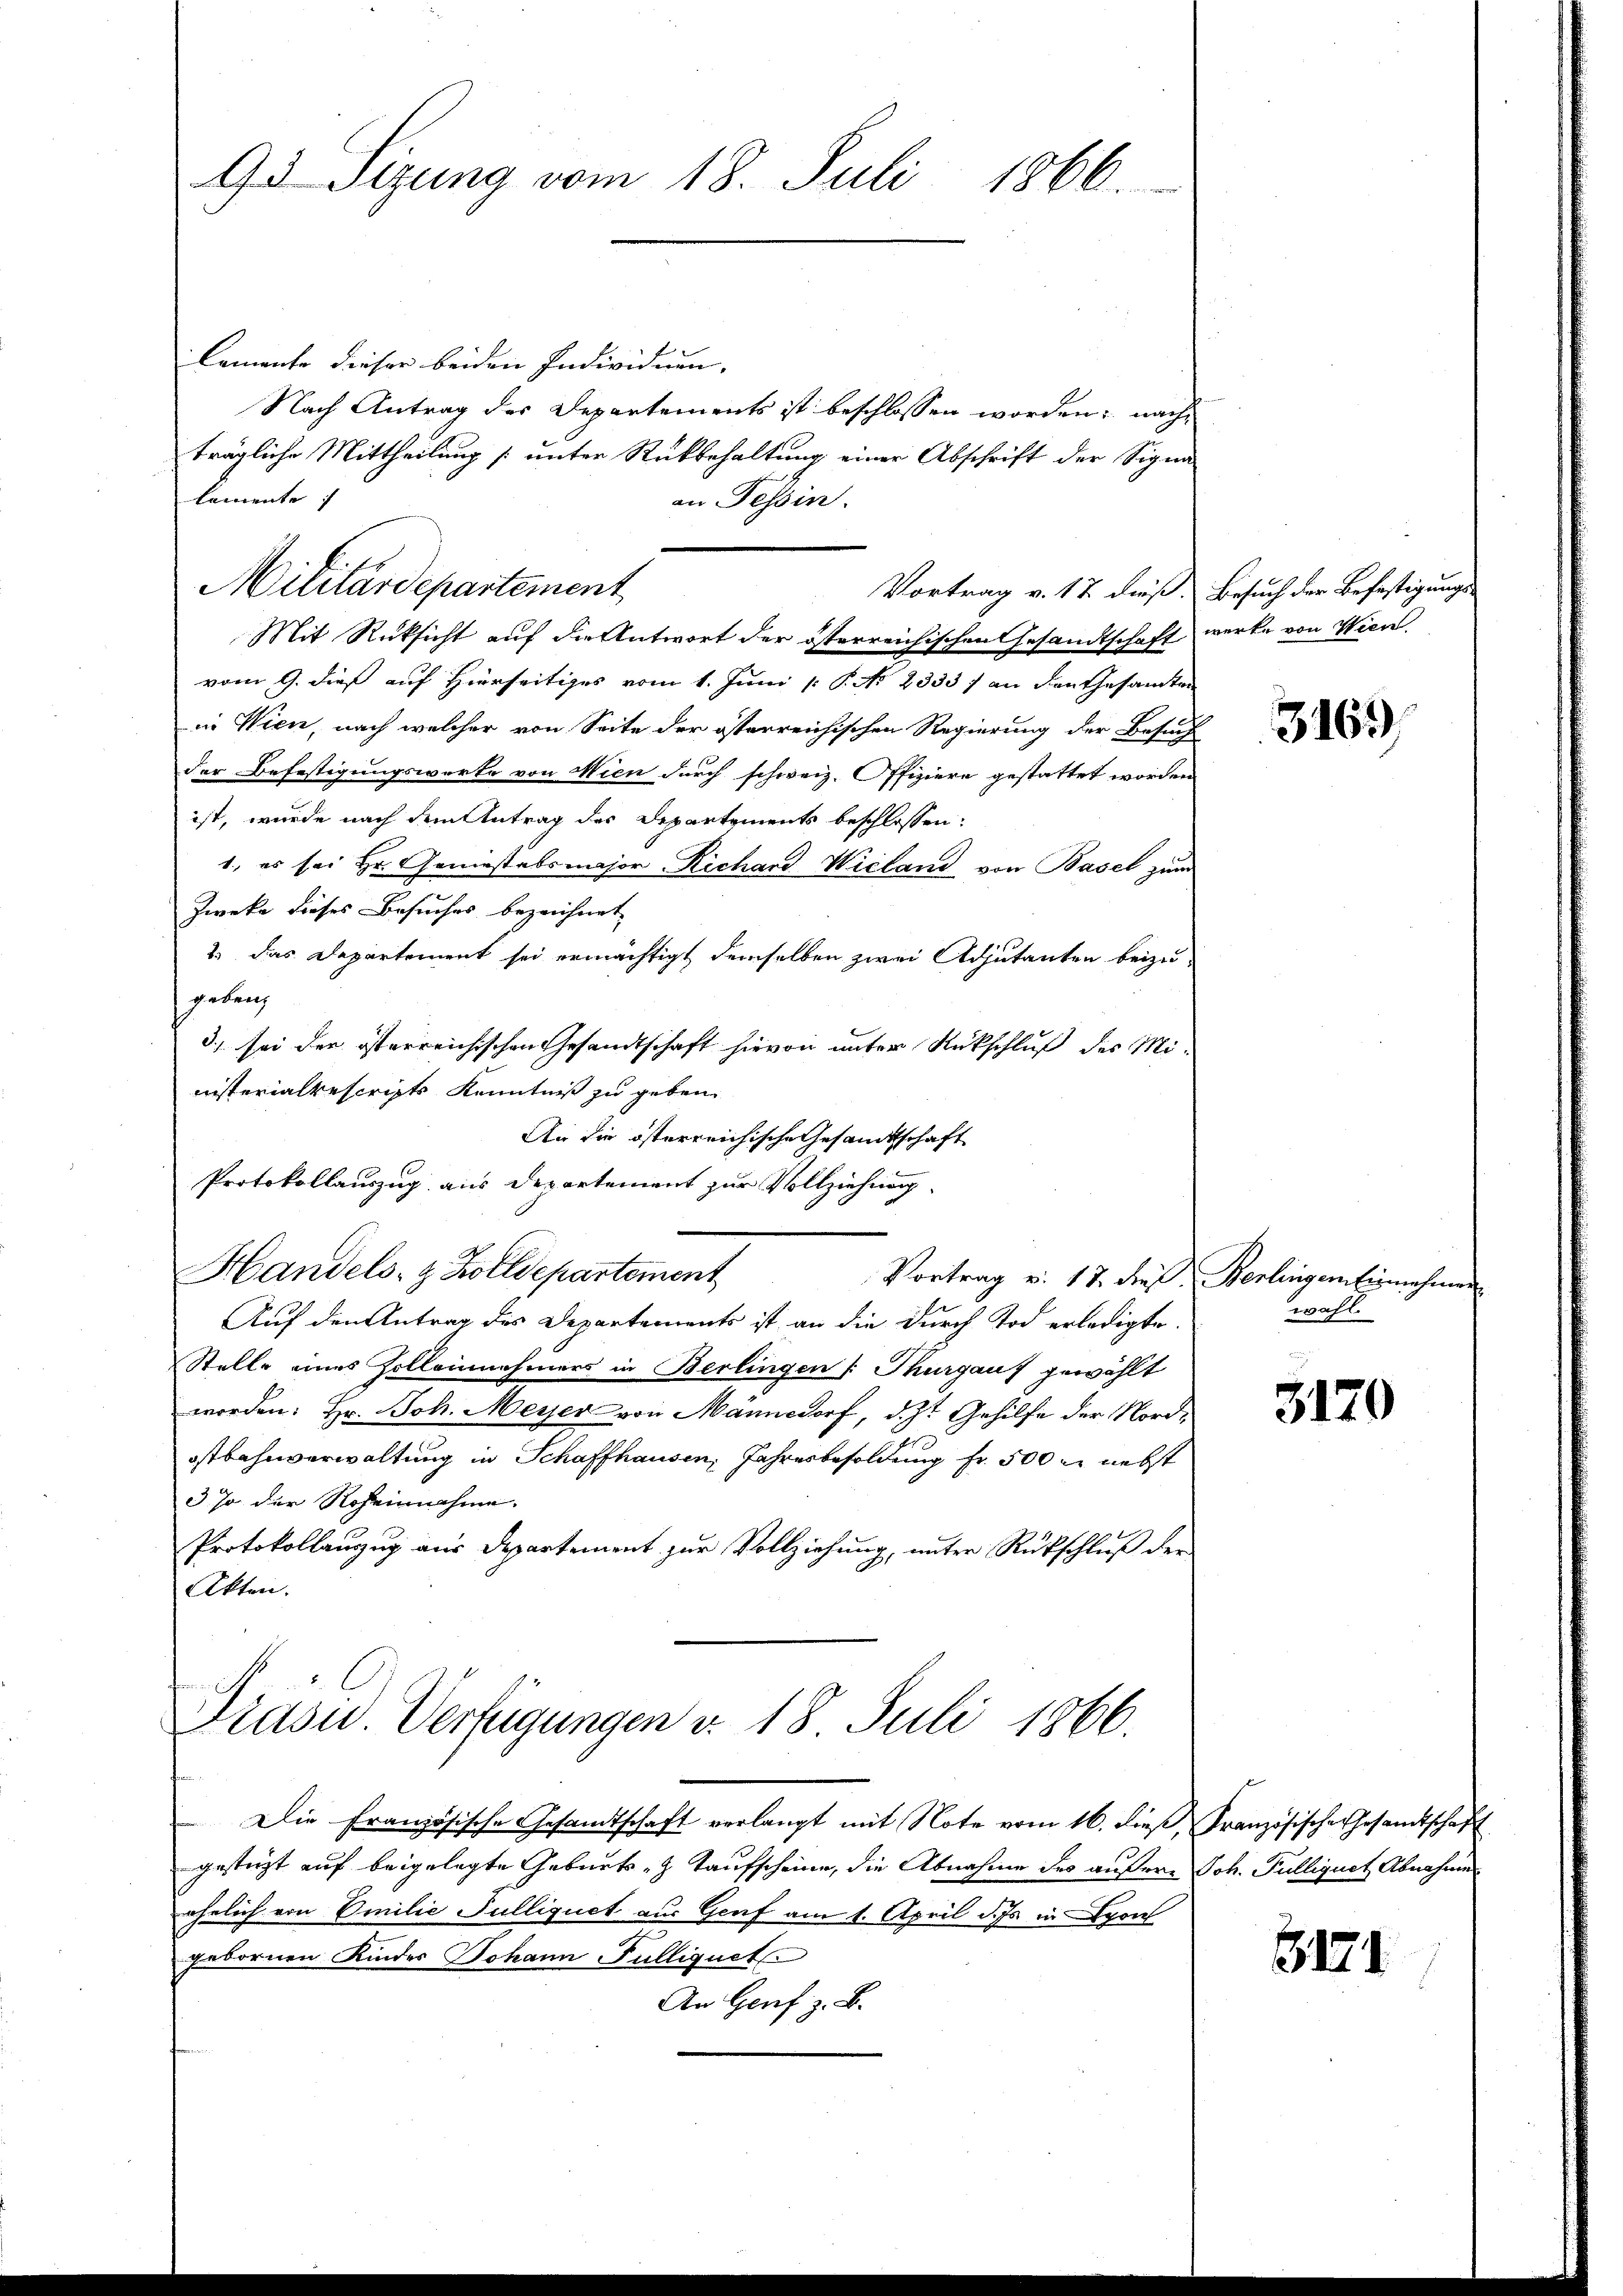
Gs Sitzung vom 18. Juli 1866.

Cemente dieser beiden Individuen. |
Nach Antrag des Departements ist beschlossen worden; nachträgliche Mittheilung [unter Rückbehaltung einer Abschrift der Signa
lemente
an Tessin.

Militärdepartement
Vortrag v. 17 dieß.

Mit Rüksicht auf die Antwort der österreichischen Gesandtschaft werke von Wien
vom 9. dieß auf Hierseitiges vom 1. Juni [ P. No 2333) an den Gesamten
in Wien, nach welcher von Seite der österreichischen Regierung der Besuch
der Befestigungswerke von Wien durch schweiz. Offiziere gestattet worden
ist, wurde nach dem Antrag des Departements beschlossen:
1., es sei Hr. Geniestabsmajor Richard Wieland von Basel zum
Zweke dieses Besuches bezeichnet,
2.) Das Departement sei ermächtigt demselben zwei Adjutanten beizugebung
3) sei der österreichischen Gesandtschaft hievon unter Rückschluß des Ministerialrescripts Kenntniß zu geben.
An die österreichische Gesandtschaft
Protokollauszug aus Departement zur Vollziehung.
Handels- & Zolldepartement
Vortrag v. 17. dieß Berlingen Eisnehmen
Auf den Antrag des Departements ist an die durch Tod erledigte.
Stelle eines Zolleinnehmers in Berlingen Thurgauf gewählt
worden: Hr. Joh. Meyer von Männedorf, d. J. Gehilfe der Nordostbahnverwaltung in Schaffhausen, Jahresbesoldung Fr. 500 M nebst
3 Jo der Roheinnahme.
Protokollanzug aus Departement zur Vollziehung, unter Rückschlŭβ der
Akten.

Präsid.. Verfügungen v. 18. Juli 1866.

Die Französische Gesandtschaft verlangt mit Note vom 16. dieß, Französische Gesandtschaft
gestürzt auf beigelegte Geburts- & Taufscheine, die Abnahme des äußere Joh. Fulliquet Abnahme
ehelich von Emilie Sulliquet aus Genf am 1. April d. Js. in po
gebornen Kindes Johann Fulliquets
An Genf z. B.

Besuch der Befestigungs¬

3163)

wahl.

3170

3171